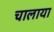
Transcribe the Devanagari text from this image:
चालाया